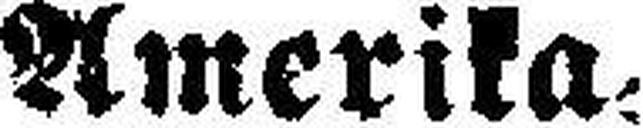
Amerika